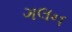
ગલન